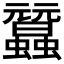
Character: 𧕜